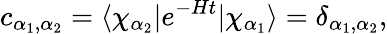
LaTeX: c_{\alpha_{1},\alpha_{2}}=\langle\chi_{\alpha_{2}}\vert e^{-Ht}\vert\chi_{\alpha_{1}}\rangle=\delta_{\alpha_{1},\alpha_{2}},